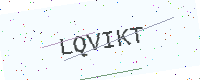
Text: LQVIKT